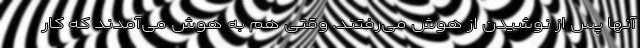
آنها پس از نوشیدن از هوش می‌رفتند. وقتی هم به هوش می‌آمدند که کار